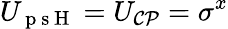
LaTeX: U_{\mathrm{~p~s~H~}}=U_{\mathcal{CP}}=\sigma^{x}